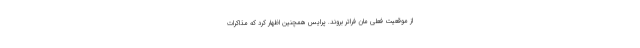
از موقعیت فعلی مان فراتر بروند. پرایس همچنین اظهار کرد که مذاکرات